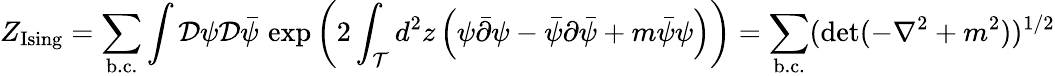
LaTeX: Z_{\mathrm{Ising}}=\sum_{\mathrm{b.c.}}\int{\mathcal D}\psi{\mathcal D}\bar{\psi}\, \exp\left(2\int_{\mathcal T}d^{2}z\left(\psi\bar{\partial}\psi-\bar{\psi}\partial\bar{\psi}+m\bar{\psi}\psi\right)\right)=\sum_{\mathrm{b.c.}}(\mathrm{det}(-\nabla^{2}+m^{2}))^{1/2}